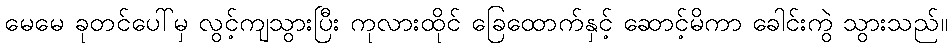
မေမေ ခုတင်ပေါ်မှ လွင့်ကျသွားပြီး ကုလားထိုင် ခြေထောက်နှင့် ဆောင့်မိကာ ခေါင်းကွဲ သွားသည်။